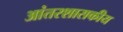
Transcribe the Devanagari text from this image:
आंतरशासकीय